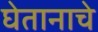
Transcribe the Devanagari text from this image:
घेतानाचे